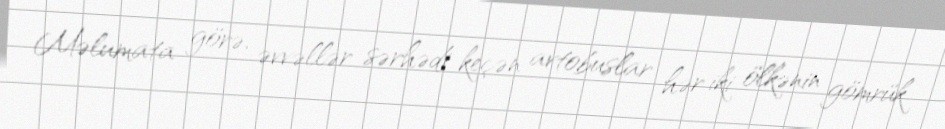
Məlumata görə, əvvəllər sərhədi keçən avtobuslar hər iki ölkənin gömrük